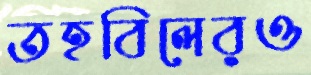
তহবিলেরও